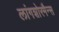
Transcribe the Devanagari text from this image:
लांगशोरमैन्स